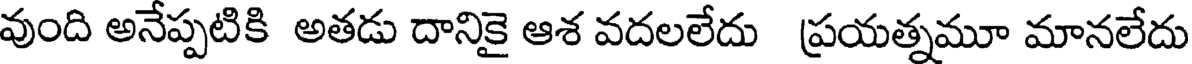
వుంది అనేప్పటికి అతడు దానికై ఆశ వదలలేదు ప్రయత్నమూ మానలేదు